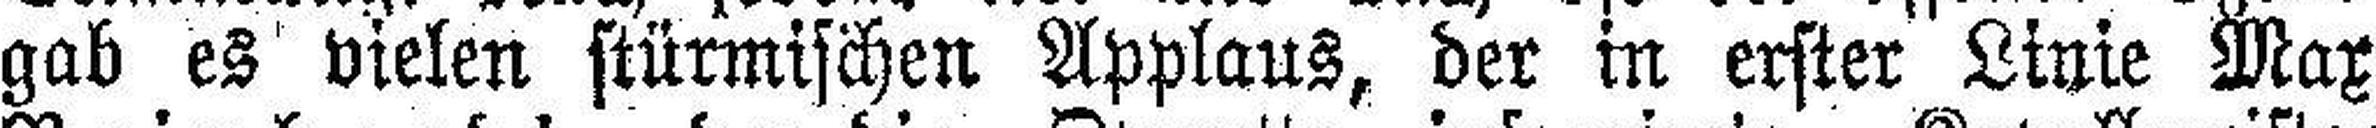
gab es vielen stürmischen Applaus, der in erster Linie Max